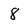
Character: 8